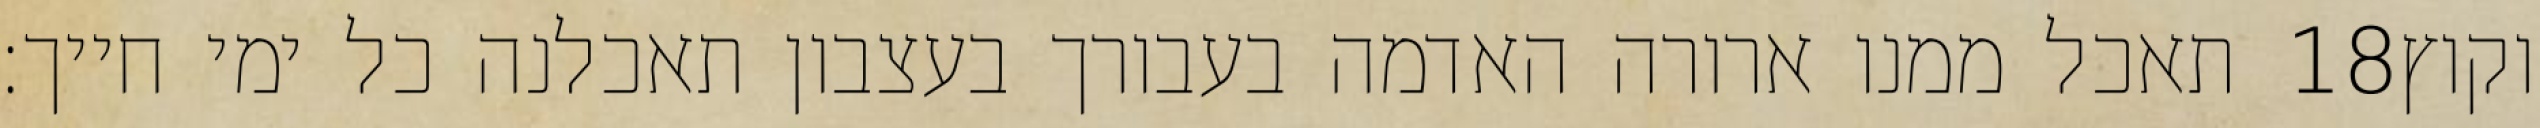
תאכל ממנו ארורה האדמה בעבורך בעצבון תאכלנה כל ימי חייך׃ ‎18‏ וקוץ